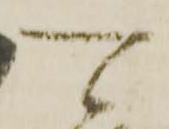
可